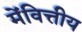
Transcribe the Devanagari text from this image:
मेंवित्तीय